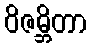
ဝိဇမ္ဘိတာ